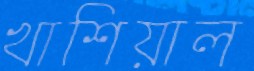
খাশিয়াল